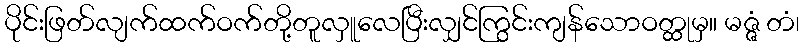
ပိုင်းဖြတ်လျက်ထက်ဝက်တို့တူလှူလေပြီးလျှင်ကြွင်းကျန်သောဝတ္ထုမှ။ မဇ္ဇံ တံ၊